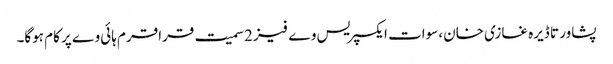
پشاور تا ڈیرہ غازی خان، سوات ایکسپریس وے فیز 2 سمیت قراقرم ہائی وے پر کام ہوگا۔